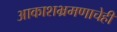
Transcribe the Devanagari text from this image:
आकाशभ्रमणाचेही